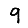
Digit: 9